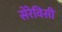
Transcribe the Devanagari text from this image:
सेरेविसी